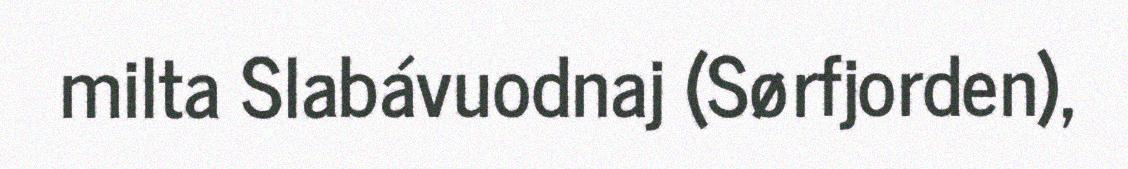
milta Slabávuodnaj (Sørfjorden),